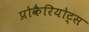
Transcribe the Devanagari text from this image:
प्रोकैरियोट्स